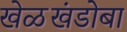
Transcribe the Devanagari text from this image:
खेळखंडोबा